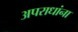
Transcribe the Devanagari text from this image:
अपराधांना